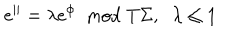
e ^ { | | } = \lambda e ^ { \phi } \; \; \mathrm { m o d } \; T \Sigma , \; \; \lambda \leq 1